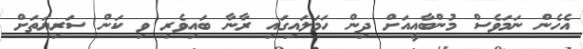
އެހެން ނަމަވެސް މުންބާއީއަށް ދިން ހަމަލައިގައި ރާނާ ބައިވެރި ވި ކަން ސަރިޔަތަށް